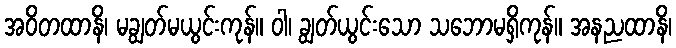
အဝိတထာနိ၊ မချွတ်မယွင်းကုန်။ ဝါ၊ ချွတ်ယွင်းသော သဘောမရှိကုန်။ အနညထာနိ၊